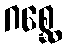
ဂစ္ဆေ